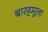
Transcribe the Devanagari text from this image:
बारहमूला